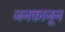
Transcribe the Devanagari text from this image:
जनकानून